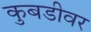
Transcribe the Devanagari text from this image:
कुबडीवर